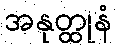
အနုတ္ထုနံ